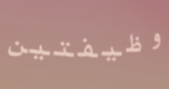
وظيفتين